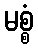
မစ္စံ